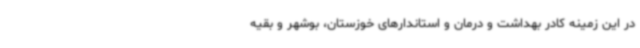
در این زمینه کادر بهداشت و درمان و استاندارهای خوزستان، بوشهر و بقیه